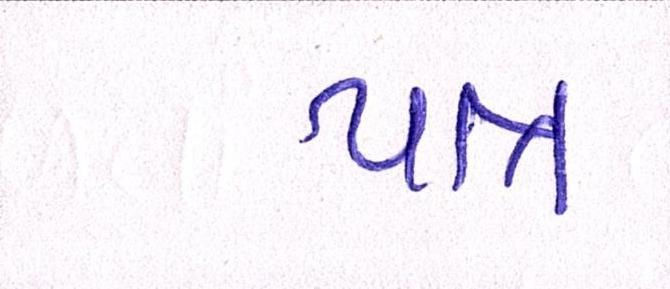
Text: પાત્ર